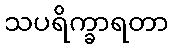
သပရိက္ခာရတာ